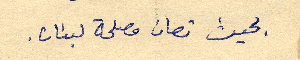
بحيث تصان مصلحة لبنان.